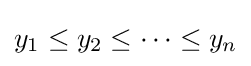
y_{1}\leq y_{2}\leq \cdots \leq y_{n}